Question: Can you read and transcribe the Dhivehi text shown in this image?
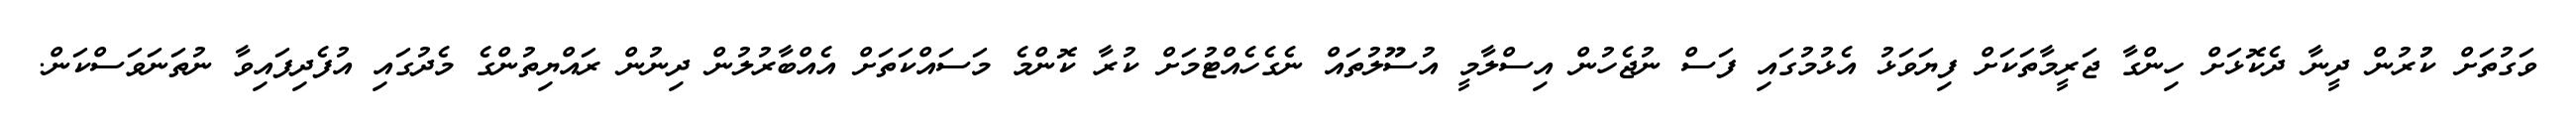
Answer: ވަގުތަށް ކުުރުން ދީނާ ދެކޮޅަށް ހިންގާ ޖަރީމާތަކަށް ފިޔަވަޅު އެޅުމުގައި ފަސް ނުޖެހުން އިސްލާމީ އުސޫލުތައް ނެގެހެއްޓުމަށް ކުރާ ކޮންމެ މަސައްކަތަށް އެއްބާރުލުން ދިނުން ރައްޔިތުންގެ މެދުގައި އުފެދިފައިވާ ނުތަނަވަސްކަން.